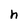
Character: h